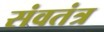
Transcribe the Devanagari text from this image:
संवतंत्र